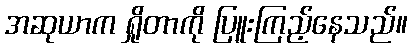
အဆုယာက ရှိုတာကို ပြူးကြည့်နေသည်။